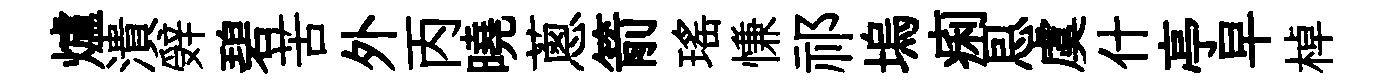
爐潰辤碧苦外丙曉蔥箭瑶慊祁塢痢㤙虞什亭早棹